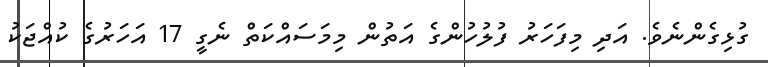
ގުޅިގެންނެވެ. އަދި މިފަހަރު ފުލުހުންގެ އަތުން މިމަސައްކަތް ނެގީ 17 އަހަރުގެ ކުއްޖަކު